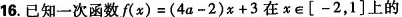
16. 已知一次函数$$f ( x ) = ( 4 a - 2 ) x + 3$$在x\in [-2，1]上的